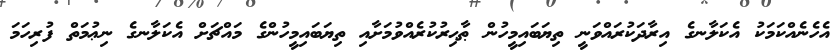
އެހެނެއްކަމަކު އެކަލާނގެ އިރާދަކުރައްވަނީ ތިޔަބައިމީހުން ޠާޙިރުކުރެއްވުމަށާއި ތިޔަބައިމީހުންގެ މައްޗަށް އެކަލާނގެ ނިޢުމަތް ފުރިހަމަ